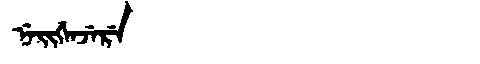
Manchu: ᠨᡝᡳᡤᡝᠨᠵᡝᡵᡝ
Romanization: NEIGENJERE